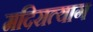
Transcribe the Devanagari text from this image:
मदिरात्याग